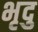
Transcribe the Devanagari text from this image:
भृदु